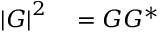
\begin{array} { r l } { \left\vert G \right\vert ^ { 2 } } & { { } = G G ^ { \ast } } \end{array}